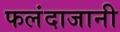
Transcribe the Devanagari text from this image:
फलंदाजानी